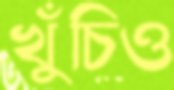
খুঁচিও